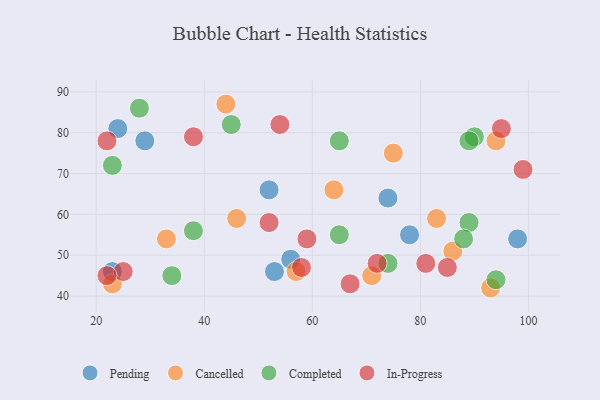
{"axis": {"x": "GDP", "y": "Life Expectancy"}, "legend": ["Cancelled", "Completed", "In-Progress", "Pending"], "data": [{"x": "53", "y": 46, "type": "Pending"}, {"x": "56", "y": 49, "type": "Pending"}, {"x": "78", "y": 55, "type": "Pending"}, {"x": "74", "y": 64, "type": "Pending"}, {"x": "23", "y": 46, "type": "Pending"}, {"x": "29", "y": 78, "type": "Pending"}, {"x": "24", "y": 81, "type": "Pending"}, {"x": "52", "y": 66, "type": "Pending"}, {"x": "98", "y": 54, "type": "Pending"}, {"x": "75", "y": 75, "type": "Cancelled"}, {"x": "71", "y": 45, "type": "Cancelled"}, {"x": "86", "y": 51, "type": "Cancelled"}, {"x": "64", "y": 66, "type": "Cancelled"}, {"x": "93", "y": 42, "type": "Cancelled"}, {"x": "46", "y": 59, "type": "Cancelled"}, {"x": "83", "y": 59, "type": "Cancelled"}, {"x": "94", "y": 78, "type": "Cancelled"}, {"x": "33", "y": 54, "type": "Cancelled"}, {"x": "44", "y": 87, "type": "Cancelled"}, {"x": "23", "y": 43, "type": "Cancelled"}, {"x": "57", "y": 46, "type": "Cancelled"}, {"x": "34", "y": 45, "type": "Completed"}, {"x": "94", "y": 44, "type": "Completed"}, {"x": "28", "y": 86, "type": "Completed"}, {"x": "90", "y": 79, "type": "Completed"}, {"x": "45", "y": 82, "type": "Completed"}, {"x": "89", "y": 58, "type": "Completed"}, {"x": "23", "y": 72, "type": "Completed"}, {"x": "65", "y": 78, "type": "Completed"}, {"x": "65", "y": 55, "type": "Completed"}, {"x": "38", "y": 56, "type": "Completed"}, {"x": "89", "y": 78, "type": "Completed"}, {"x": "88", "y": 54, "type": "Completed"}, {"x": "74", "y": 48, "type": "Completed"}, {"x": "95", "y": 81, "type": "In-Progress"}, {"x": "54", "y": 82, "type": "In-Progress"}, {"x": "25", "y": 46, "type": "In-Progress"}, {"x": "22", "y": 78, "type": "In-Progress"}, {"x": "38", "y": 79, "type": "In-Progress"}, {"x": "81", "y": 48, "type": "In-Progress"}, {"x": "22", "y": 45, "type": "In-Progress"}, {"x": "52", "y": 58, "type": "In-Progress"}, {"x": "99", "y": 71, "type": "In-Progress"}, {"x": "59", "y": 54, "type": "In-Progress"}, {"x": "58", "y": 47, "type": "In-Progress"}, {"x": "72", "y": 48, "type": "In-Progress"}, {"x": "85", "y": 47, "type": "In-Progress"}, {"x": "67", "y": 43, "type": "In-Progress"}]}